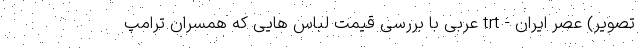
تصویر) عصر ایران - trt عربی با بررسی قیمت لباس هایی که همسران ترامپ